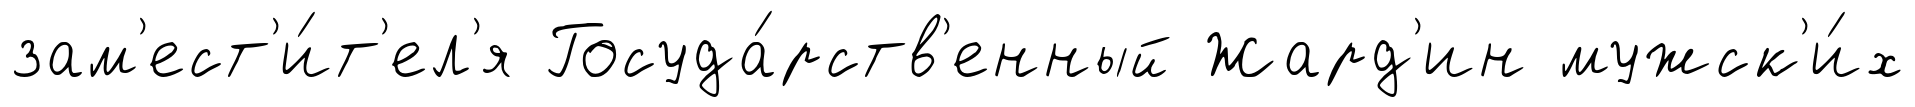
зам'ест'и́т'ел'я Госуда́рств'енный Жард'ин мужск'и́х